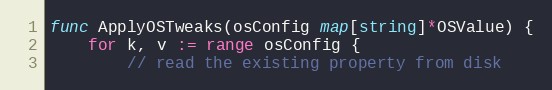
Language: Go
func ApplyOSTweaks(osConfig map[string]*OSValue) {
	for k, v := range osConfig {
		// read the existing property from disk